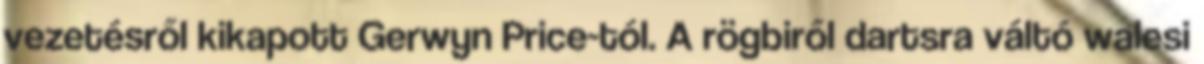
vezetésről kikapott Gerwyn Price-tól. A rögbiről dartsra váltó walesi